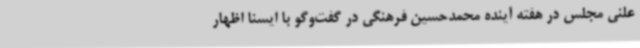
علنی مجلس در هفته آینده محمدحسین فرهنگی در گفت‌وگو با ایسنا اظهار